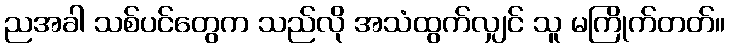
ညအခါ သစ်ပင်တွေက သည်လို အသံထွက်လျှင် သူ မကြိုက်တတ်။